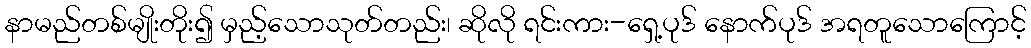
နာမည်တစ်မျိုးတိုး၍ မှည့်သောသုတ်တည်း၊ ဆိုလို ရင်းကား-ရှေ့ပုဒ် နောက်ပုဒ် အရတူသောကြောင့်